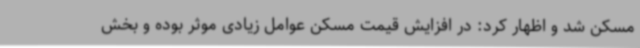
مسکن شد و اظهار کرد: در افزایش قیمت مسکن عوامل زیادی موثر بوده و بخش